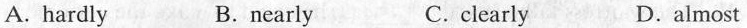
A. hardly B.nearly C. clearly D.almost